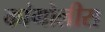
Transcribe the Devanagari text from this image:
कांगोलीस